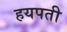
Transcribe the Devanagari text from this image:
हयपती